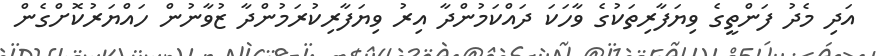
އަދި މެދު ފަންތީގެ ވިޔަފާރިތަކުގެ ވާހަކަ ދައްކަމުންދާ އިރު ވިޔަފާރިކުރަމުންދާ ޒުވާނުން ހައްޔަރުކޮށްގެން